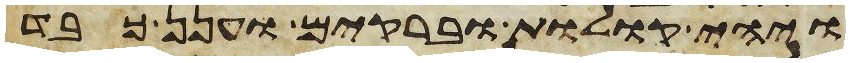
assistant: ויהי קולות וברקים וענן כבד